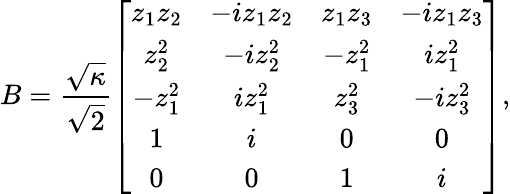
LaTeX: B=\frac{\sqrt{\kappa}}{\sqrt{2}}\left[\begin{array}{cccc}{z_{1}z_{2}}&{-iz_{1}z_{2}}&{z_{1}z_{3}}&{-iz_{1}z_{3}}\\ {z_{2}^{2}}&{-iz_{2}^{2}}&{-z_{1}^{2}}&{iz_{1}^{2}}\\ {-z_{1}^{2}}&{iz_{1}^{2}}&{z_{3}^{2}}&{-iz_{3}^{2}}\\ {1}&{i}&{0}&{0}\\ {0}&{0}&{1}&{i}\end{array}\right],